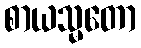
စာယသ္မတော